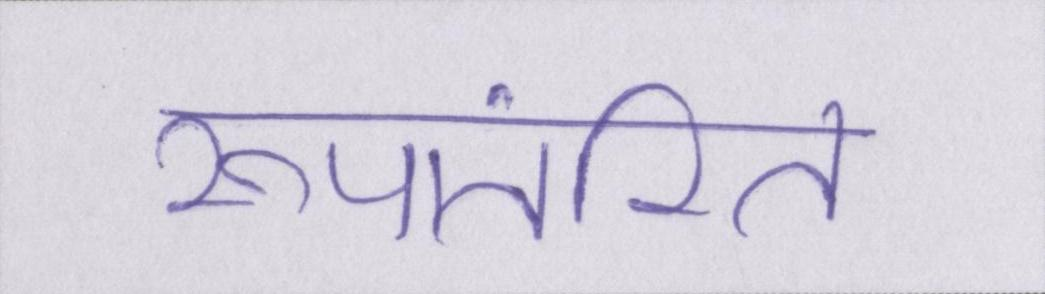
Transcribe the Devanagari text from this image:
रूपांतरित